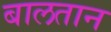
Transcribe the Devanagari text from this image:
बालतान